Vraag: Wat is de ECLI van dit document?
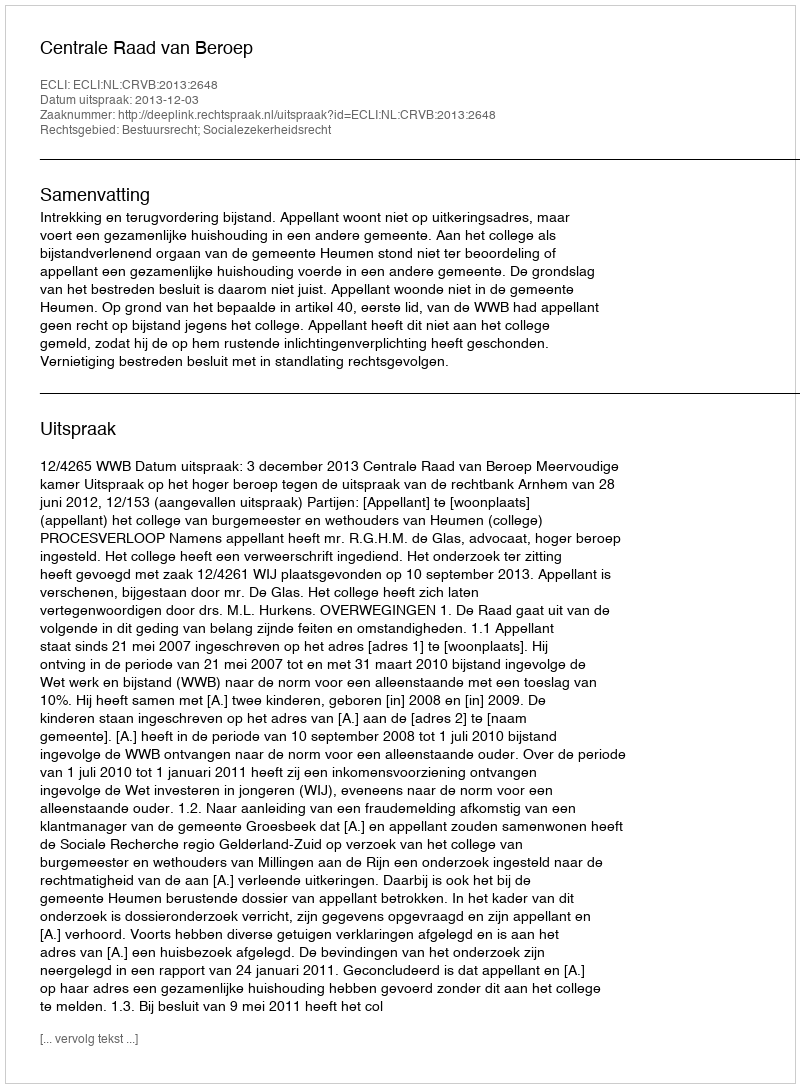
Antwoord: ECLI:NL:CRVB:2013:2648